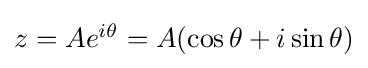
{\textstyle z=Ae^{i\theta }=A(\cos \theta +i\sin \theta )}